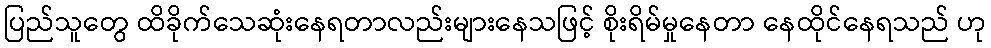
ပြည်သူတွေ ထိခိုက်သေဆုံးနေရတာလည်းများနေသဖြင့် စိုးရိမ်မှုနေတာ နေထိုင်နေရသည် ဟု